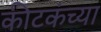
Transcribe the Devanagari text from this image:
कीटकंच्या